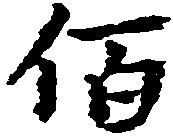
佰